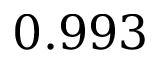
0 . 9 9 3